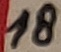
Text: 18